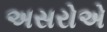
અસરોએ